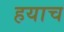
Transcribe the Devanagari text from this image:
हयाच